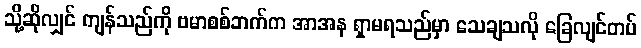
သို့ဆိုလျှင် ကျန်သည်ကို ဗမာစစ်ဘက်က အာအန ရှာမရသည်မှာ သေချသလို ခြေလျင်တပ်